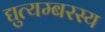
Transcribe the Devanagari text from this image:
द्युत्यम्बरस्य